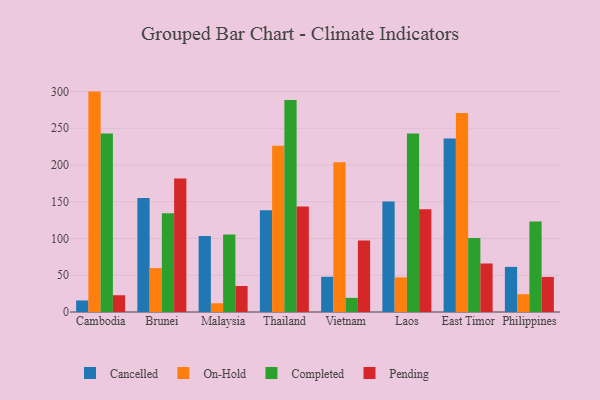
{"axis": {"x": "Country", "y": "Market Share (%)"}, "legend": ["Cancelled", "Completed", "On-Hold", "Pending"], "data": [{"x": "Cambodia", "y": 15.7, "type": "Cancelled"}, {"x": "Cambodia", "y": 299.8, "type": "On-Hold"}, {"x": "Cambodia", "y": 242.9, "type": "Completed"}, {"x": "Cambodia", "y": 22.8, "type": "Pending"}, {"x": "Brunei", "y": 155.0, "type": "Cancelled"}, {"x": "Brunei", "y": 59.7, "type": "On-Hold"}, {"x": "Brunei", "y": 134.2, "type": "Completed"}, {"x": "Brunei", "y": 181.7, "type": "Pending"}, {"x": "Malaysia", "y": 103.4, "type": "Cancelled"}, {"x": "Malaysia", "y": 11.9, "type": "On-Hold"}, {"x": "Malaysia", "y": 105.4, "type": "Completed"}, {"x": "Malaysia", "y": 35.4, "type": "Pending"}, {"x": "Thailand", "y": 138.4, "type": "Cancelled"}, {"x": "Thailand", "y": 226.3, "type": "On-Hold"}, {"x": "Thailand", "y": 288.5, "type": "Completed"}, {"x": "Thailand", "y": 143.6, "type": "Pending"}, {"x": "Vietnam", "y": 47.9, "type": "Cancelled"}, {"x": "Vietnam", "y": 203.8, "type": "On-Hold"}, {"x": "Vietnam", "y": 19.2, "type": "Completed"}, {"x": "Vietnam", "y": 97.2, "type": "Pending"}, {"x": "Laos", "y": 150.3, "type": "Cancelled"}, {"x": "Laos", "y": 47.1, "type": "On-Hold"}, {"x": "Laos", "y": 242.7, "type": "Completed"}, {"x": "Laos", "y": 139.6, "type": "Pending"}, {"x": "East Timor", "y": 236.1, "type": "Cancelled"}, {"x": "East Timor", "y": 270.7, "type": "On-Hold"}, {"x": "East Timor", "y": 100.8, "type": "Completed"}, {"x": "East Timor", "y": 66.0, "type": "Pending"}, {"x": "Philippines", "y": 61.4, "type": "Cancelled"}, {"x": "Philippines", "y": 24.3, "type": "On-Hold"}, {"x": "Philippines", "y": 123.1, "type": "Completed"}, {"x": "Philippines", "y": 47.7, "type": "Pending"}]}